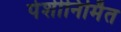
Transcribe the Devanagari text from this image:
पेशीनिर्मित